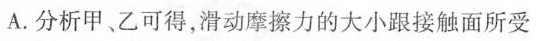
A.分析甲、乙可得，滑动摩擦力的大小跟接触面所受